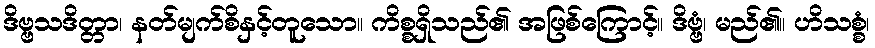
ဒိဗ္ဗသဒိတ္တာ၊ နတ်မျက်စိနှင့်တူသော။ ကိစ္စရှိသည်၏ အဖြစ်ကြောင့်။ ဒိဗ္ဗံ၊ မည်၏။ ဟိသစ္စံ၊